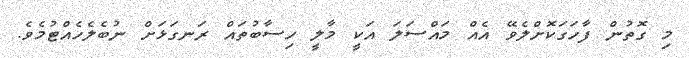
މި ގޮތުން ފާހަގަކޮށްލެވޭ އެއް މައްސަލަ އަކީ މާލީ ހިސާބުތައް ރަނގަޅަށް ނުބެލެހެއްޓުމެވެ.